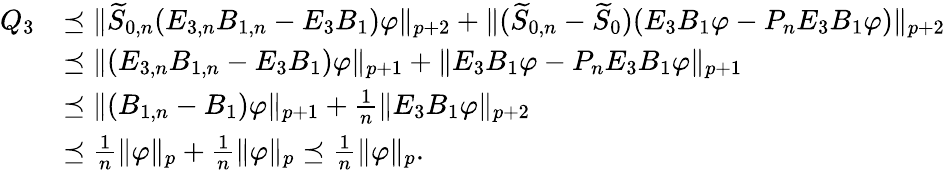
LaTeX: \begin{array}{rl}{Q_{3}}&{\preceq\| \widetilde{S}_{0,n}(E_{3,n}B_{1,n}-E_{3}B_{1})\varphi\| _{p+2}+\| (\widetilde{S}_{0,n}-\widetilde{S}_{0})(E_{3}B_{1}\varphi-P_{n}E_{3}B_{1}\varphi)\| _{p+2}}\\ &{\preceq\| (E_{3,n}B_{1,n}-E_{3}B_{1})\varphi\| _{p+1}+\| E_{3}B_{1}\varphi-P_{n}E_{3}B_{1}\varphi\| _{p+1}}\\ &{\preceq\| (B_{1,n}-B_{1})\varphi\| _{p+1}+\frac{1}{n}\| E_{3}B_{1}\varphi\| _{p+2}}\\ &{\preceq\frac{1}{n}\| \varphi\| _{p}+\frac{1}{n}\| \varphi\| _{p}\preceq\frac{1}{n}\| \varphi\| _{p}.}\end{array}